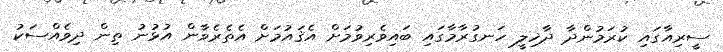
ސީރިއާގައި ކުރަމުންދާ ދާޚިލީ ހަނގުރާމާގައި ބައިވެރިވުމަށް އެޤައުމަށް އެތެރެވާން އުޅުނު ތިން ދިވެއްސަކު